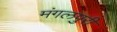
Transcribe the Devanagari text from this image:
मंगलपुरी